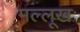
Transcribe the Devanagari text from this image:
मल्लूखः